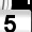
Digit: 5